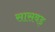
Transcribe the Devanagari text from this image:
सासवड़